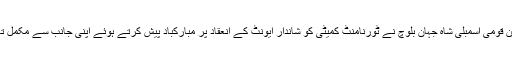
پیپلز پارٹی کے رکن قومی اسمبلی شاہ جہان بلوچ نے ٹورنامنٹ کمیٹی کو شاندار ایونٹ کے انعقاد پر مبارکباد پیش کرتے ہوئے اپنی جانب سے مکمل تعاون کا یقین دلا یا ۔